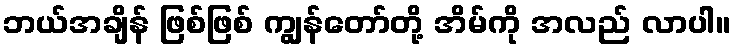
ဘယ်အချိန် ဖြစ်ဖြစ် ကျွန်တော်တို့ အိမ်ကို အလည် လာပါ။